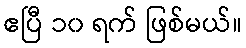
ဧပြီ ၁၀ ရက် ဖြစ်မယ်။